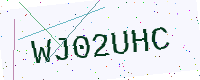
Text: WJ02UHC